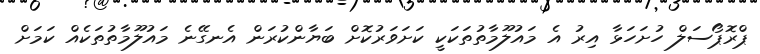
ޕްރޮޕޯސަލް ހުށަހަޅާ އިރު އެ މައުލޫމާތުތަކަކީ ކަށަވަރުކޮށް ބަޔާންކުރަން އެނގޭނެ މައުލޫމާތުތަކެއް ކަމަށް